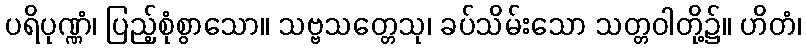
ပရိပုဏ္ဏံ၊ ပြည့်စုံစွာသော။ သဗ္ဗသတ္တေသု၊ ခပ်သိမ်းသော သတ္တဝါတို့၌။ ဟိတံ၊